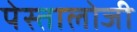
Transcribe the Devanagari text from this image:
पेस्तालोजी